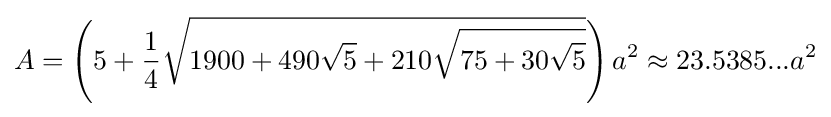
A=\left(5+{\frac {1}{4}}{\sqrt {1900+490{\sqrt {5}}+210{\sqrt {75+30{\sqrt {5}}}}}}\right)a^{2}\approx 23.5385...a^{2}